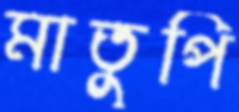
মাতুপি